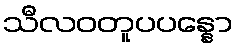
သီလဝတူပပန္နော